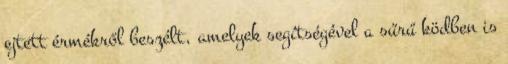
ejtett érmékről beszélt, amelyek segítségével a sűrű ködben is